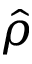
\hat { \rho }